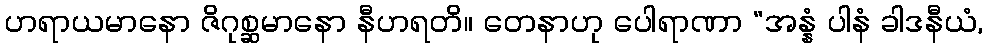
ဟရာယမာနော ဇိဂုစ္ဆမာနော နီဟရတိ။ တေနာဟု ပေါရာဏာ “အန္နံ ပါနံ ခါဒနီယံ,